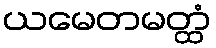
ယမေတမတ္ထံ